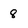
Character: 8